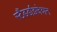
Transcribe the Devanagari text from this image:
स्टैंडर्डाइजेशन